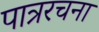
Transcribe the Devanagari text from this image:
पात्ररचना